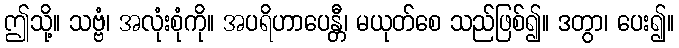
ဤသို့။ သဗ္ဗံ၊ အလုံးစုံကို။ အပရိဟာပေန္တီ၊ မယုတ်စေ သည်ဖြစ်၍။ ဒတွာ၊ ပေး၍။